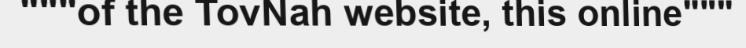
"""of the TovNah website, this online"""